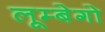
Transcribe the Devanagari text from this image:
लूम्बेगो